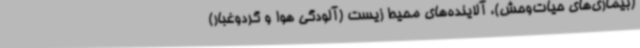
(بیماری‌های حیات‌وحش)، آلاینده‌های محیط ‌زیست (آلودگی هوا و گردوغبار)